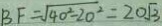
B F = \sqrt { 4 0 ^ { 2 } - 2 0 ^ { 2 } } = 2 0 \sqrt { 3 }